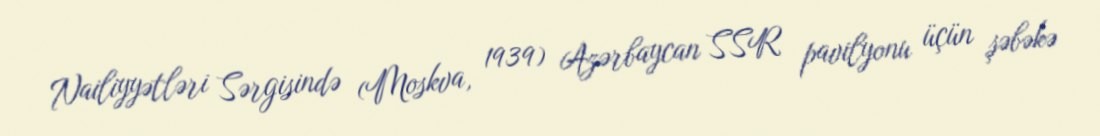
Nailiyyətləri Sərgisində (Moskva, 1939) Azərbaycan SSR pavilyonu üçün şəbəkə